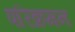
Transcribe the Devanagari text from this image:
परिक्रमन